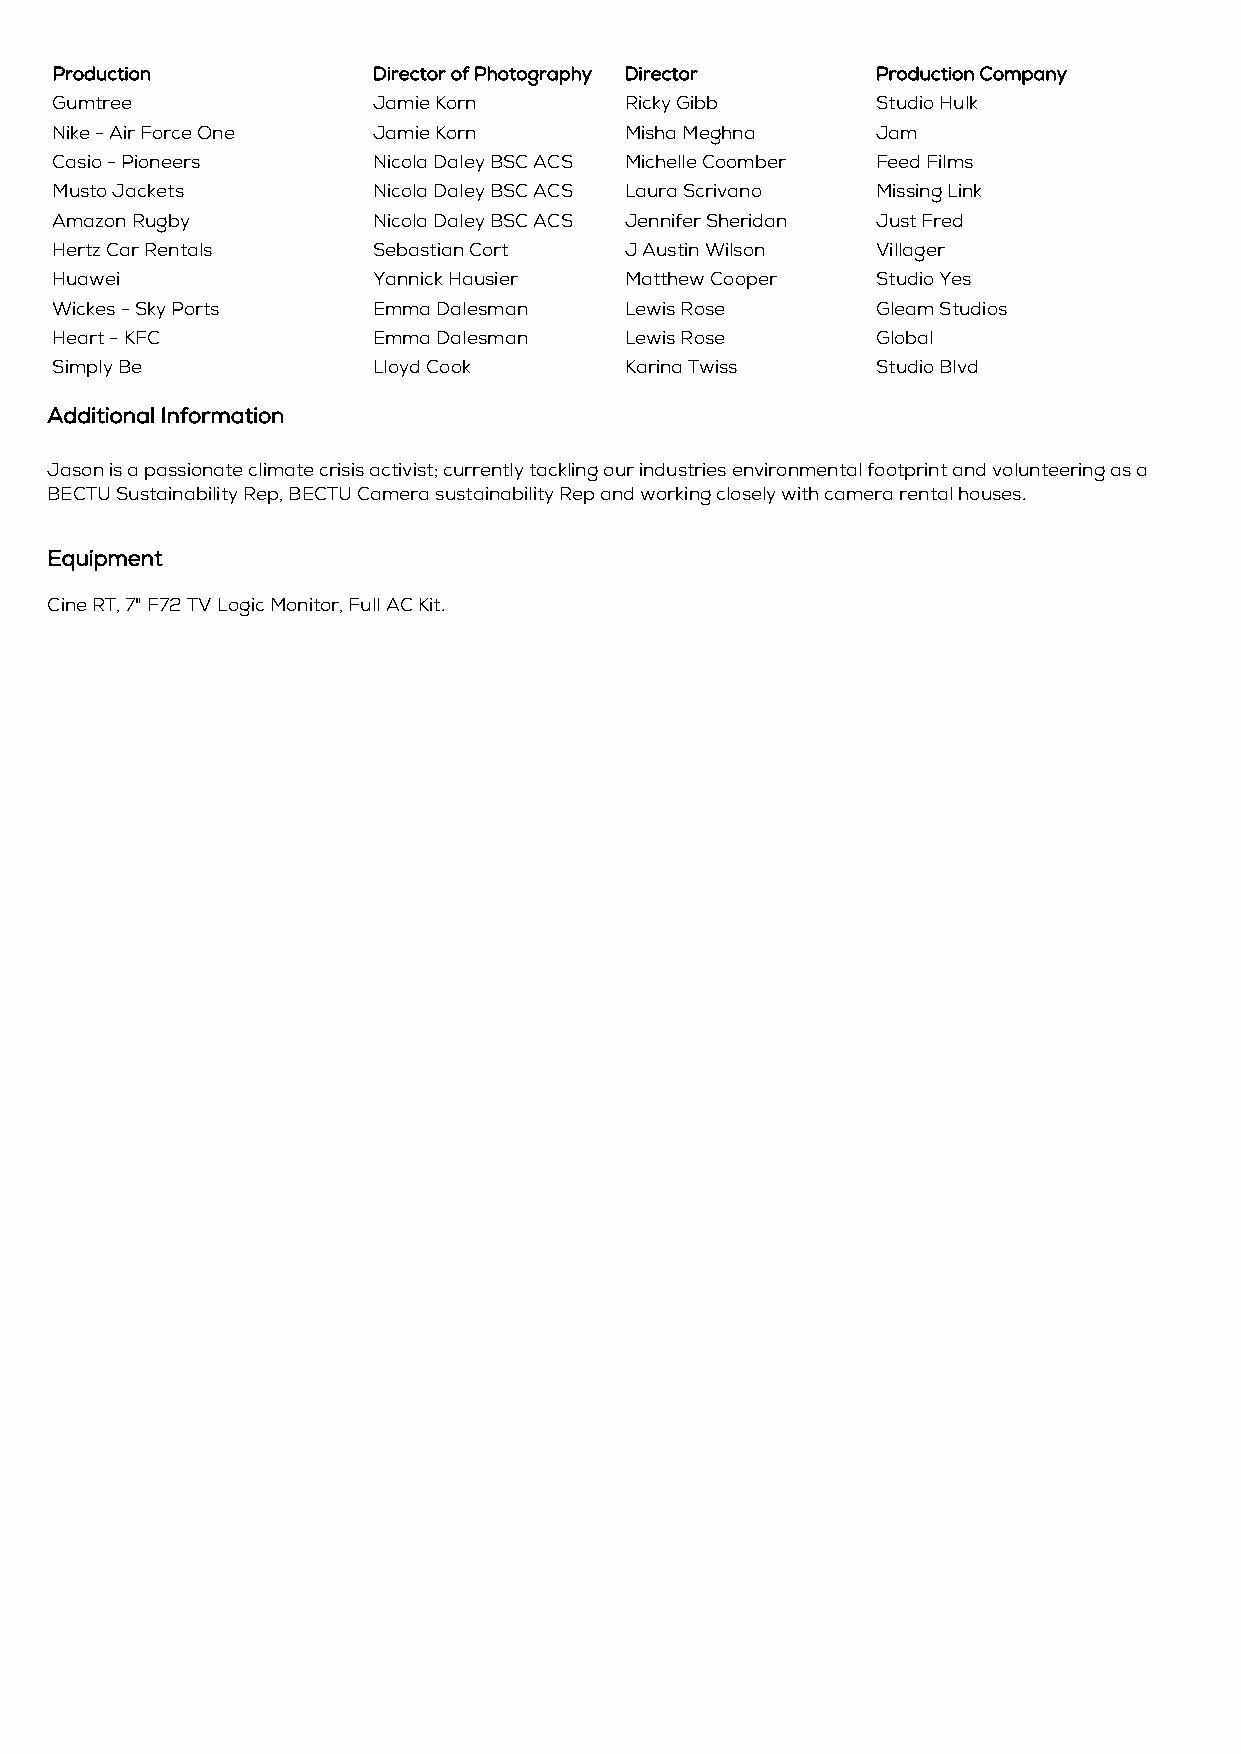
Production            Director of Photography Director Production Company
 Gumtree               Jamie Korn      Ricky Gibb       Studio Hulk
 Nike - Air Force One  Jamie Korn      Misha Meghna     Jam
 Casio - Pioneers      Nicola Daley BSC ACS Michelle Coomber Feed Films
 Musto Jackets         Nicola Daley BSC ACS Laura Scrivano Missing Link
 Amazon Rugby          Nicola Daley BSC ACS Jennifer Sheridan Just Fred
 Hertz Car Rentals     Sebastian Cort  J Austin Wilson  Villager
 Huawei                Yannick Hausier Matthew Cooper   Studio Yes
 Wickes - Sky Ports    Emma Dalesman   Lewis Rose       Gleam Studios
 Heart - KFC           Emma Dalesman   Lewis Rose       Global
 Simply Be             Lloyd Cook      Karina Twiss     Studio Blvd
 Additional Information
 Jason is a passionate climate crisis activist; currently tackling our industries environmental footprint and volunteering as a
 BECTU Sustainability Rep, BECTU Camera sustainability Rep and working closely with camera rental houses.
 Equipment
 Cine RT, 7" F72 TV Logic Monitor, Full AC Kit.